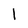
Character: 1